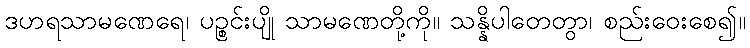
ဒဟရသာမဏေရေ၊ ပဉ္စင်းပျို သာမဏေတို့ကို။ သန္နိပါတေတွာ၊ စည်းဝေးစေ၍။